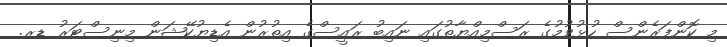
މި ކޮންފަރެންސް ހުޅުވުމުގެ ރަސްމިއްޔާތުގައި ނައިބު ރައީސްގެ އިތުރުން އެޑިޔުކޭޝަން މިނިސްޓަރު ޑރ.